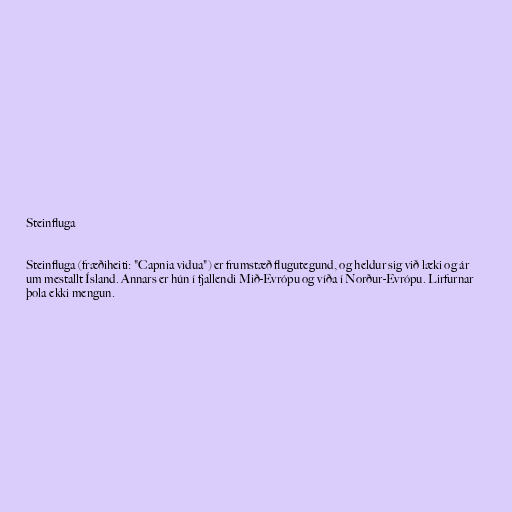
Steinfluga

Steinfluga (fræðiheiti: "Capnia vidua") er frumstæð flugutegund, og heldur sig við læki og ár
um mestallt Ísland. Annars er hún í fjallendi Mið-Evrópu og víða í Norður-Evrópu. Lirfurnar
þola ekki mengun.